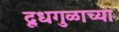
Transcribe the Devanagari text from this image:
दूधगुळाच्या